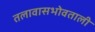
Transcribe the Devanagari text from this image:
तलावासभोवताली